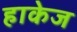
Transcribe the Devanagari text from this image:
हाकेज